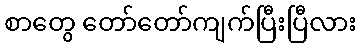
စာတွေ တော်တော်ကျက်ပြီးပြီလား